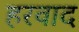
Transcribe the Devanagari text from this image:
हरवाद